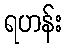
ရဟန်း